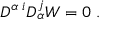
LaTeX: D ^ { \alpha \; i } D _ { \alpha } ^ { j } W = 0 \; .